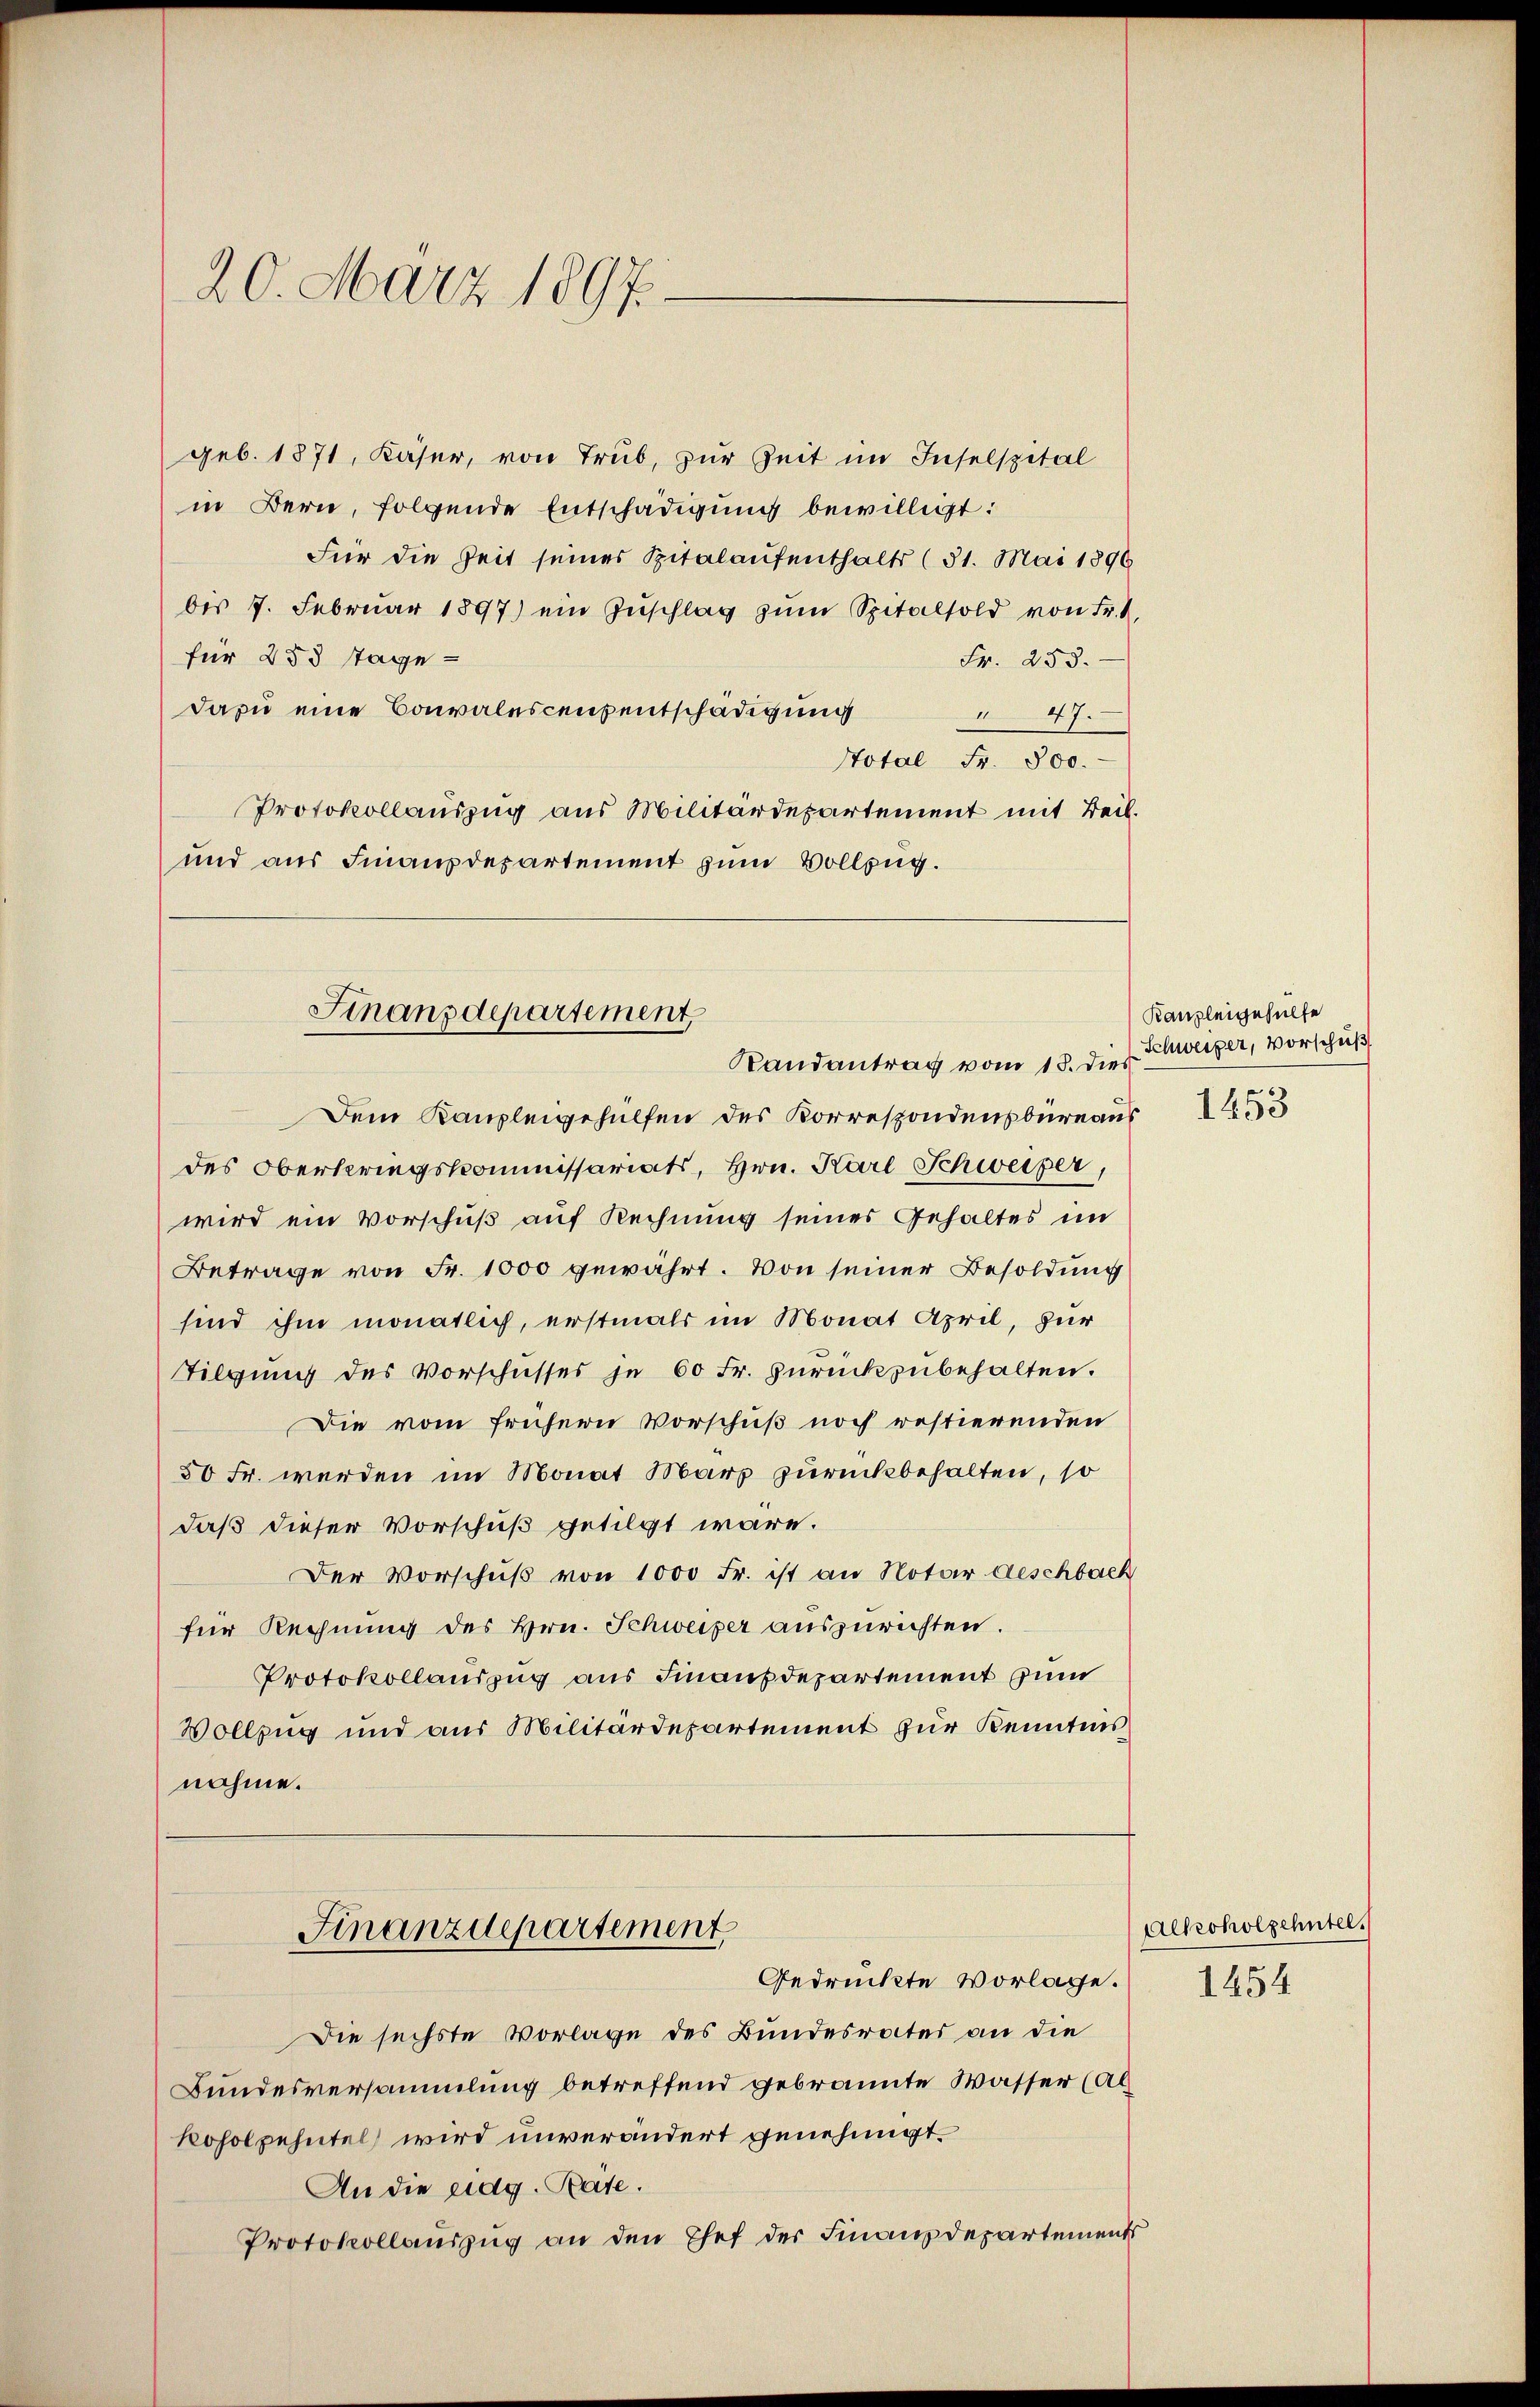
geb. 1871, Käser, von Trub, zur Zeit im Inselspital
in Bern, folgende Entschädigung bewilligt:
Für die Zeit seines Spitalaufenthalts (31. Mai 1896
bis 7. Februar 1897) ein Zuschlag zum Spitalsold von Fr. 1
für 258 Tage-
Fr. 253.
dazu eine Canalescensentschädigung 47.
Stotal Fr. 500.
Protokollauszug aus Militärdepartement mit Beil.
und aus Finanzdepartement zum Vollzug.

20. März 1897.

Finanzdepartement,
Randantrag vom 15. dies

Dem Kanzleigehülfen des Korrespondensbureaus
des Oberkriegskommissariats, Hrn. Karl Schweizer
wird ein Vorschuß auf Rechnung seines Gehaltes im
Betrage von Fr. 1000 gewährt. Von seiner Besoldung
sind ihm monatlich, erstmals im Monat April, für
Tilgung des Vorschusses je 60 Fr. zurückzubehalten.
Die vom frühern Vorschuß noch restierenden
50 Fr. werden im Monat Marz zurückbehalten, so
daß dieser Vorschuß getilgt wäre.
Der Vorschuß von 1000 Fr. ist an Notar geschbach
für Rechnung des Hrn. Schweiper auszurichten.
Protokollauszug aus Finanzdepartement zum
Vollzug und aus Militärdepartement zur Kenntnis
nahme.

Finanzdepartement,
Gedrückte Vorlage.

Die sechste Vorlage des Bundesrates an die
Bundesversammlung betreffend gebrannte Wasser (Al
koholpehntel wird unverändert genehmigt.
An die eidg. Rate.
Protokollauszug an den Chef der Finanzdepartements

Kanzleigehülfe
Schweizer, Vorscheiß

Alkoholzehntel.
1454